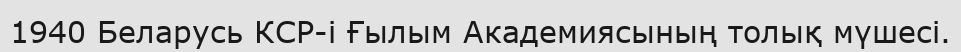
1940 Беларусь КСР-і Ғылым Академиясының толық мүшесі.